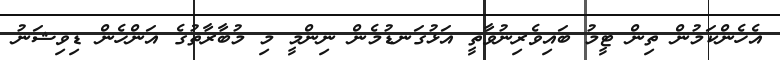
އެހެންކަމުން ތިން ޓީމު ބައިވެރިނުވާތީ އަޅުގަނޑުމެން ނިންމީ މި މުބާރާތުގެ އަންހެން ޑިވިޝަނު